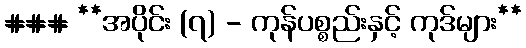
### **အပိုင်း (၇) - ကုန်ပစ္စည်းနှင့် ကုဒ်များ**